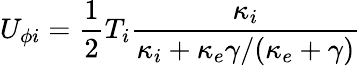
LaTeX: U_{\phi i}=\frac{1}{2}T_{i}\frac{\kappa_{i}}{\kappa_{i}+\kappa_{e}\gamma/(\kappa_{e}+\gamma)}